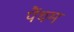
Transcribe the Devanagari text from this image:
पैंथम